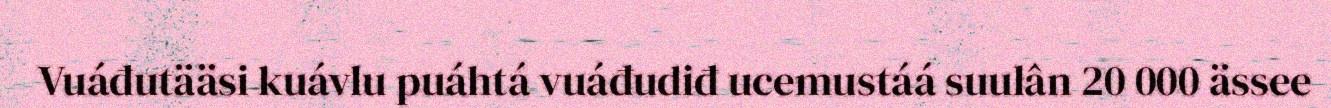
Vuáđutääsi kuávlu puáhtá vuáđudiđ ucemustáá suulân 20 000 ässee